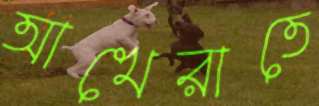
আখেরাতে